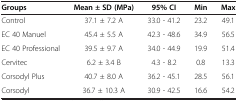
| Groups | Mean ± SD (MPa) | 95% CI | Min | Max |
 | --- | --- | --- | --- | --- |
 | Control | 37.1 ± 7.2 A | 33.0 - 41.2 | 23.2 | 49.1 |
 | EC 40 Manuel | 45.4 ± 5.5 A | 42.3 - 48.6 | 34.9 | 56.5 |
 | EC 40 Professional | 39.5 ± 9.7 A | 34.0 - 44.9 | 19.9 | 51.4 |
 | Cervitec | 6.2 ± 3.4 B | 4.3 - 8.2 | 0.8 | 13.3 |
 | Corsodyl Plus | 40.7 ± 8.0 A | 36.2 - 45.1 | 28.5 | 56.1 |
 | Corsodyl | 36.7 ± 10.3 A | 30.9 - 42.5 | 16.6 | 54.2 |